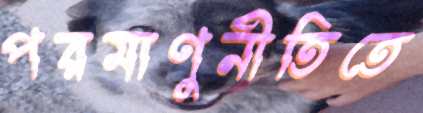
পরমাণুনীতিতে